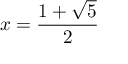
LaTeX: x = { \frac { 1 + { \sqrt { 5 } } } { 2 } }